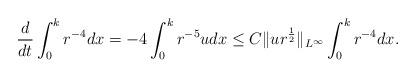
LaTeX: \begin{align*}\frac{d}{dt}\int_0^kr^{-4}dx=-4\int_0^k r^{-5}udx\leq C\|ur^{\frac{1}{2}}\|_{L^\infty}\int_0^kr^{-4}dx.\end{align*}